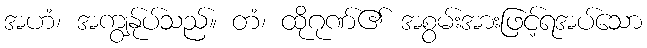
အဟံ၊ အကျွန်ုပ်သည်။ တံ၊ ထိုဂုဏ်၏ အစွမ်းအားဖြင့်ရအပ်သော